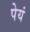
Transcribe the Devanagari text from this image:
पेयं